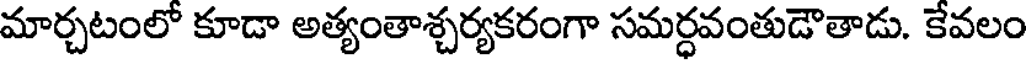
మార్చటంలో కూడా అత్యంతాశ్చర్యకరంగా సమర్ధవంతుడౌతాడు. కేవలం